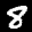
Label: 8